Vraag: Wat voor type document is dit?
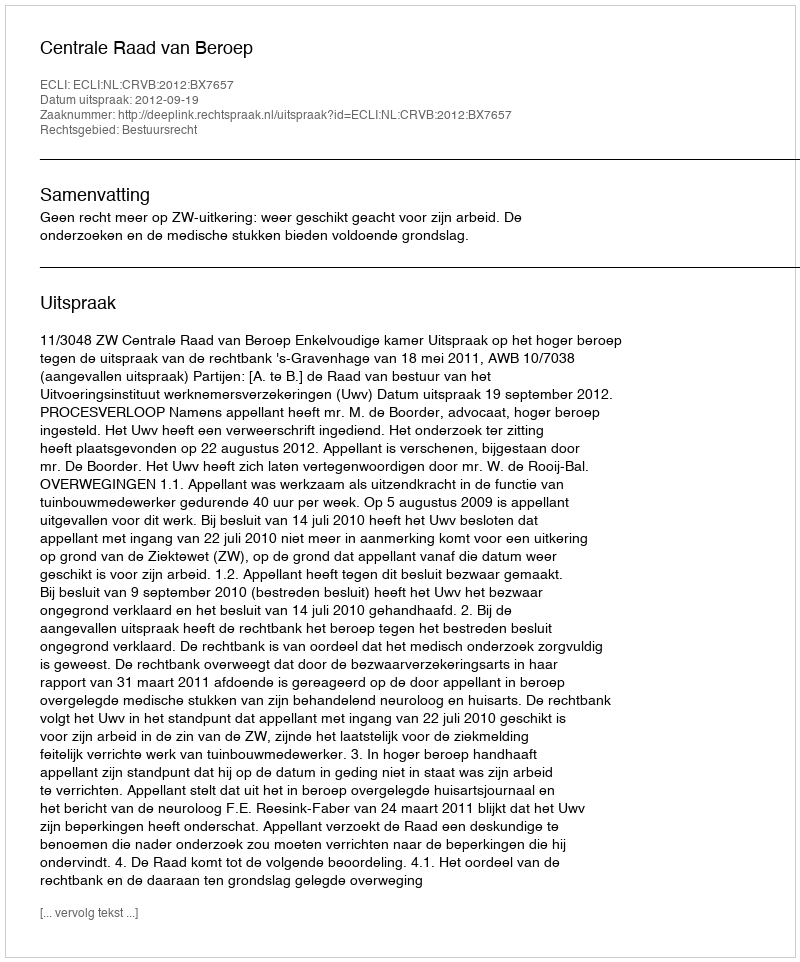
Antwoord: Uitspraak